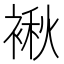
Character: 𮖝